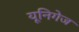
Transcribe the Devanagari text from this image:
यूनिगेज